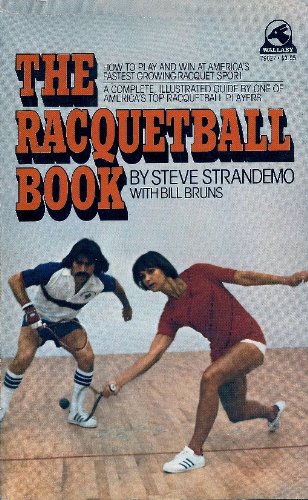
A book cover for the racquetball book; steve & bruns, bill strandemo; Sports & Outdoors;